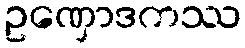
ဥဏှောဒကဿ